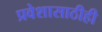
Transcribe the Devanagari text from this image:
प्रवेशासाठीही